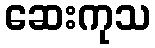
ဆေးကုသ